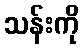
သန်းကို